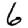
Digit: 6